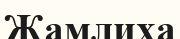
Жамлиха